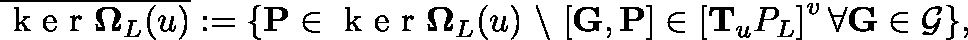
\overline { { \mathrm { ~ k ~ e ~ r ~ } \mathbf { \Omega } _ { L } ( \mathfrak { u } ) } } : = \{ \mathbf { P } \in \mathrm { ~ k ~ e ~ r ~ } \mathbf { \Omega } _ { L } ( \mathfrak { u } ) \ \backslash \ [ \mathbf { G } , \mathbf { P } ] \in \left[ \mathbf { T } _ { \mathfrak { u } } \mathbb { P } _ { L } \right] ^ { v } \forall \mathbf { G } \in \mathcal { G } \} ,